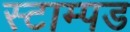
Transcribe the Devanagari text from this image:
स्टाम्पड